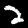
Digit: 2